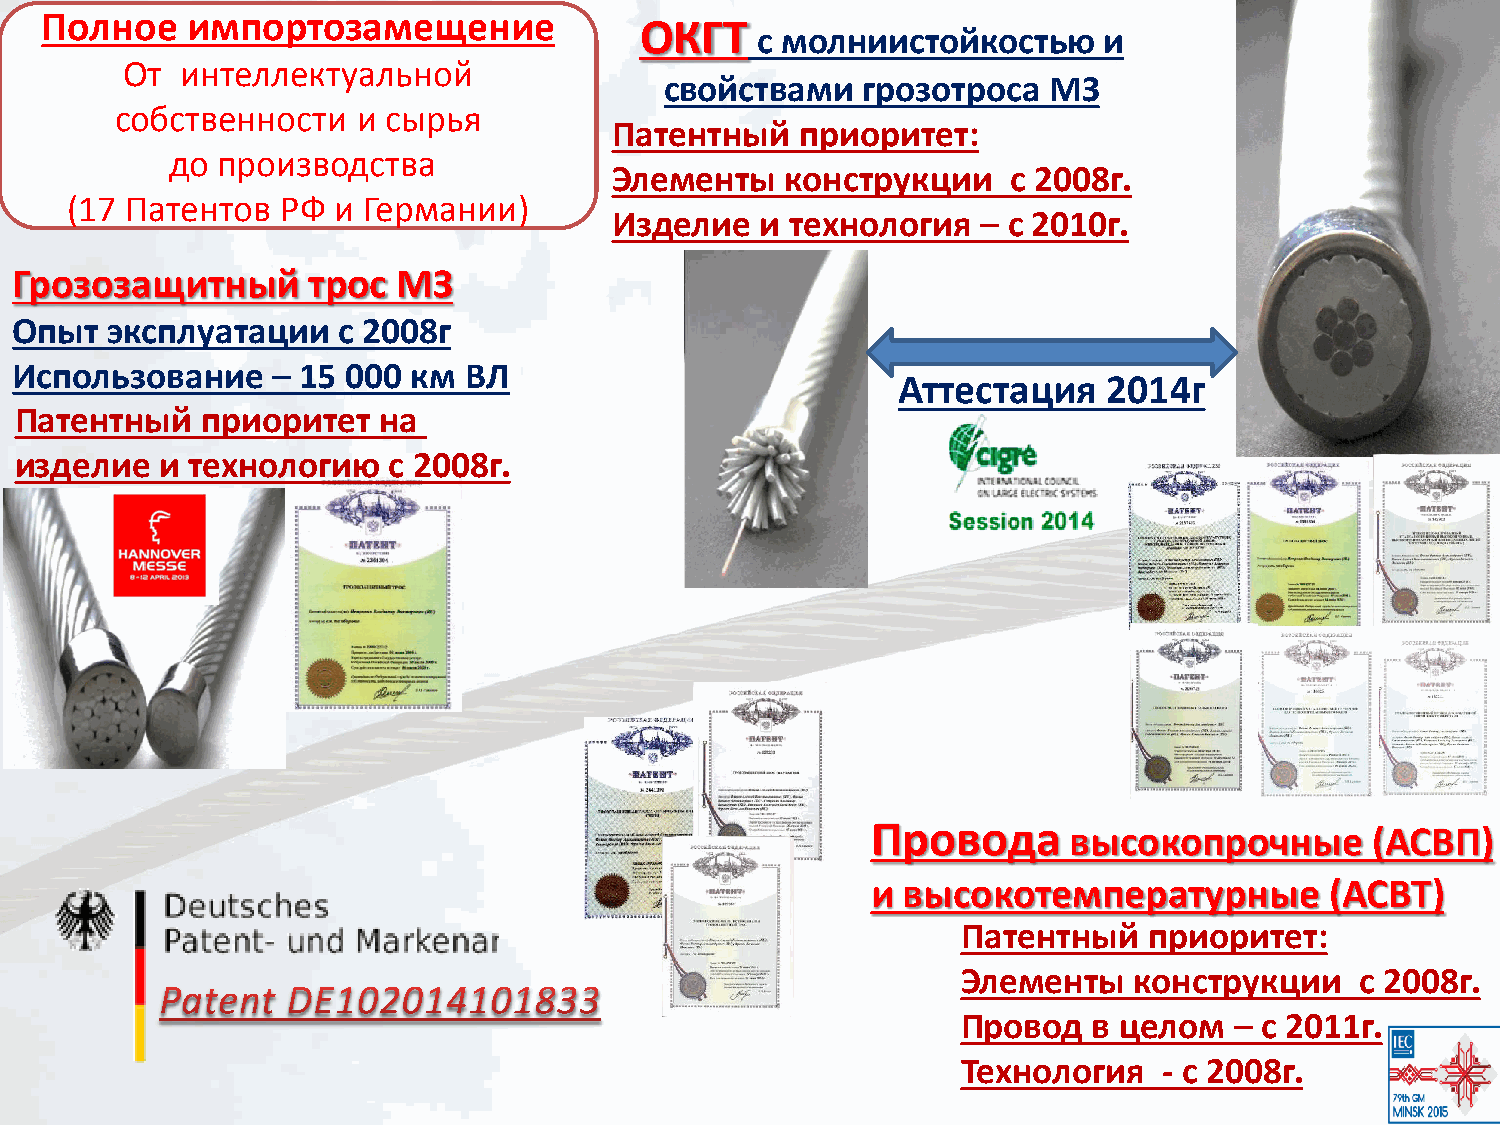
Полное   импортозамещение
 ОКГТ
 с молниистойкостью     и
 От  интеллектуальной
 свойствами   грозотроса  МЗ
 собственности   и сырья
 Патентный    приоритет:
 до производства
 Элементы    конструкции    с 2008г.
 (17 Патентов   РФ и Германии)
 Изделие   и технология   – с 2010г.
 Грозозащитный      трос  МЗ
 Опыт  эксплуатации   с 2008г
 Использование    – 15 000 км  ВЛ
 Аттестация    2014г
 Патентный   приоритет   на
 изделие   и технологию   с 2008г.
 Провода      высокопрочные       (АСВП)
 и высокотемпературные         (АСВТ)
 Патентный   приоритет:
 Элементы   конструкции    с 2008г.
 Провод  в целом   – с 2011г.
 Технология   - с 2008г.